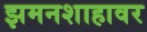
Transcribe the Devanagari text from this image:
झमनशाहावर